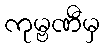
ကုမ္ဗဏီမှ